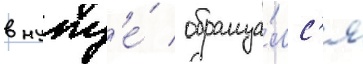
в нужд'е́ / обраща́лс'я